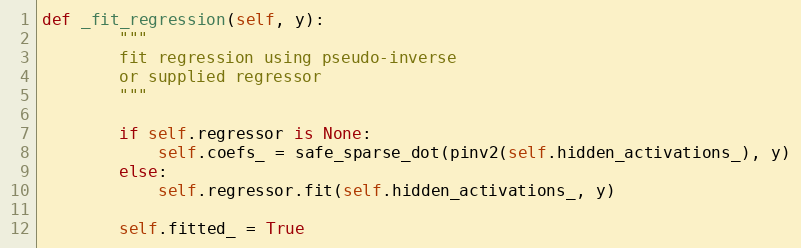
Language: Python
def _fit_regression(self, y):
        """
        fit regression using pseudo-inverse
        or supplied regressor
        """

        if self.regressor is None:
            self.coefs_ = safe_sparse_dot(pinv2(self.hidden_activations_), y)
        else:
            self.regressor.fit(self.hidden_activations_, y)

        self.fitted_ = True